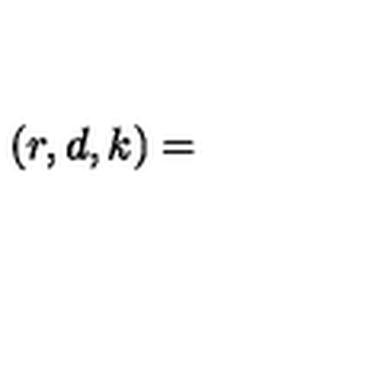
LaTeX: ( r , d , k ) =